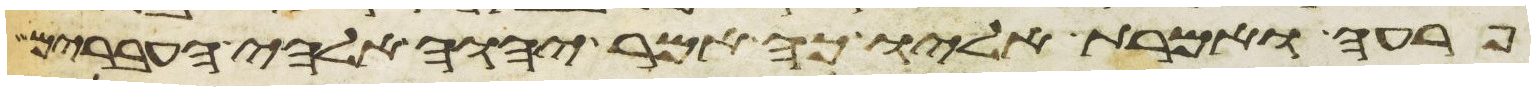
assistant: פרעה ואמרת אליו כה אמר יהוה אלהי העברים